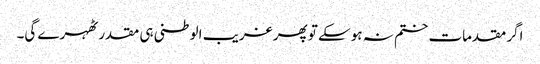
اگر مقدمات ختم نہ ہوسکے تو پھر غریب الوطنی ہی مقدر ٹھہرے گی۔